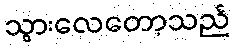
သွားလေတော့သည်